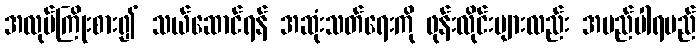
အလုပ်ကြိုးစား၍ သယ်ဆောင်ရန် အဆုံးသတ်ရေးကို ဖုန်းလိုင်းများလည်း အမည်ပါရမည်